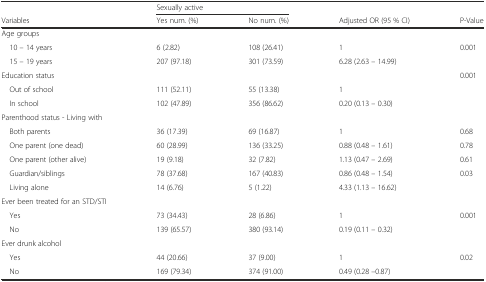
<table><thead><tr><td></td><td colspan="2"><b>Sexually active</b></td><td></td><td></td></tr><tr><td><b>Variables</b></td><td><b>Yes num. (%)</b></td><td><b>No num. (%)</b></td><td><b>Adjusted OR (95 % CI)</b></td><td><b>P-Value</b></td></tr></thead><tbody><tr><td>Age groups</td><td></td><td></td><td></td><td></td></tr><tr><td> 10 – 14 years</td><td>6 (2.82)</td><td>108 (26.41)</td><td>1</td><td>0.001</td></tr><tr><td> 15 – 19 years</td><td>207 (97.18)</td><td>301 (73.59)</td><td>6.28 (2.63 – 14.99)</td><td></td></tr><tr><td>Education status</td><td></td><td></td><td></td><td>0.001</td></tr><tr><td> Out of school</td><td>111 (52.11)</td><td>55 (13.38)</td><td>1</td><td></td></tr><tr><td> In school</td><td>102 (47.89)</td><td>356 (86.62)</td><td>0.20 (0.13 – 0.30)</td><td></td></tr><tr><td>Parenthood status - Living with</td><td></td><td></td><td></td><td></td></tr><tr><td> Both parents</td><td>36 (17.39)</td><td>69 (16.87)</td><td>1</td><td>0.68</td></tr><tr><td> One parent (one dead)</td><td>60 (28.99)</td><td>136 (33.25)</td><td>0.88 (0.48 – 1.61)</td><td>0.78</td></tr><tr><td> One parent (other alive)</td><td>19 (9.18)</td><td>32 (7.82)</td><td>1.13 (0.47 – 2.69)</td><td>0.61</td></tr><tr><td> Guardian/siblings</td><td>78 (37.68)</td><td>167 (40.83)</td><td>0.86 (0.48 – 1.54)</td><td>0.03</td></tr><tr><td> Living alone</td><td>14 (6.76)</td><td>5 (1.22)</td><td>4.33 (1.13 – 16.62)</td><td></td></tr><tr><td>Ever been treated for an STD/STI</td><td></td><td></td><td></td><td></td></tr><tr><td> Yes</td><td>73 (34.43)</td><td>28 (6.86)</td><td>1</td><td>0.001</td></tr><tr><td> No</td><td>139 (65.57)</td><td>380 (93.14)</td><td>0.19 (0.11 – 0.32)</td><td></td></tr><tr><td>Ever drunk alcohol</td><td></td><td></td><td></td><td></td></tr><tr><td> Yes</td><td>44 (20.66)</td><td>37 (9.00)</td><td>1</td><td>0.02</td></tr><tr><td> No</td><td>169 (79.34)</td><td>374 (91.00)</td><td>0.49 (0.28 –0.87)</td><td></td></tr></tbody></table>